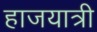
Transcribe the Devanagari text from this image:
हाजयात्री